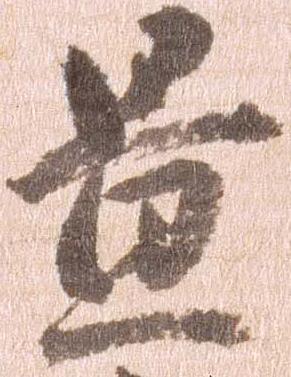
置